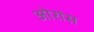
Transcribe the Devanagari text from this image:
ओरांंस